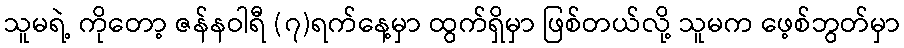
သူမရဲ့ ကိုတော့ ဇန်နဝါရီ (၇)ရက်နေ့မှာ ထွက်ရှိမှာ ဖြစ်တယ်လို့ သူမက ဖေ့စ်ဘွတ်မှာ